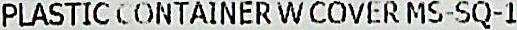
PLASTIC CONTAINER W COVER MS-SQ-1